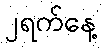
၂ရက်နေ့